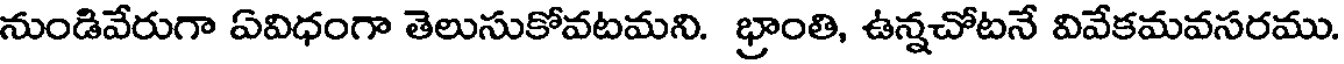
నుండివేరుగా ఏవిధంగా తెలుసుకోవటమని. భ్రాంతి, ఉన్నచోటనే వివేకమవసరము